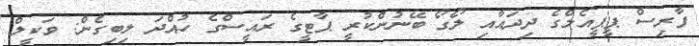
ފާރިސް ޕީޕީއެމްގެ ދިދައާއި ލޯގޯ ބޭނުންކުރީ ޕާޓީގެ ރައީސްގެ ހުއްދަ ލިބިގެން: ވަކީލް